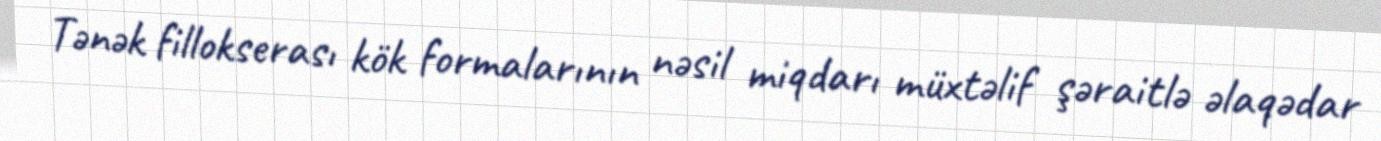
Tənək fillokserası kök formalarının nəsil miqdarı müxtəlif şəraitlə əlaqədar